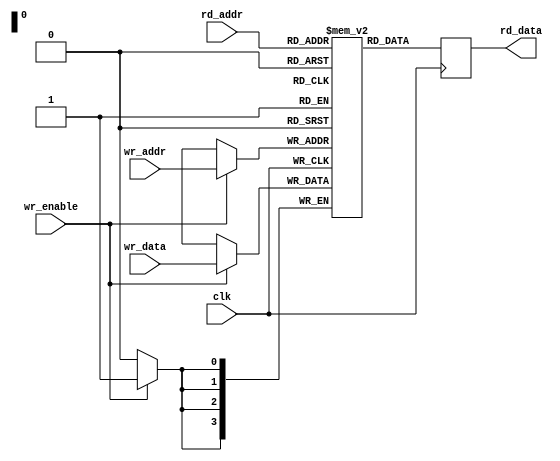
module memtest03(clk, wr_addr, wr_data, wr_enable, rd_addr, rd_data);
input clk, wr_enable;
input [3:0] wr_addr, wr_data, rd_addr;
output reg [3:0] rd_data;
reg [3:0] memory [0:15];
always @(posedge clk) begin
	if (wr_enable)
		memory[wr_addr] <= wr_data;
	rd_data <= memory[rd_addr];
end
endmodule